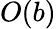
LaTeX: O(b)